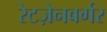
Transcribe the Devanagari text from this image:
रेटज़ेनबर्गर